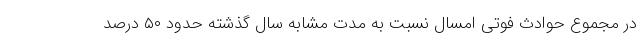
در مجموع حوادث فوتی امسال نسبت به مدت مشابه سال گذشته حدود ۵۰ درصد